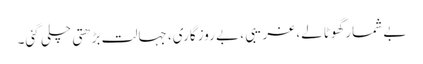
بے شمار گھوٹالے، غریبی ، بے روزگاری، جہالت بڑھتی چلی گئی۔